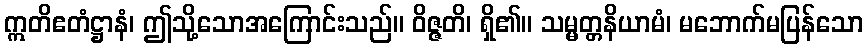
ဣတိဧတံဋ္ဌာနံ၊ ဤသို့သောအကြောင်းသည်။ ဝိဇ္ဇတိ၊ ရှိ၏။ သမ္မတ္တနိယာမံ၊ မဘောက်မပြန်သော